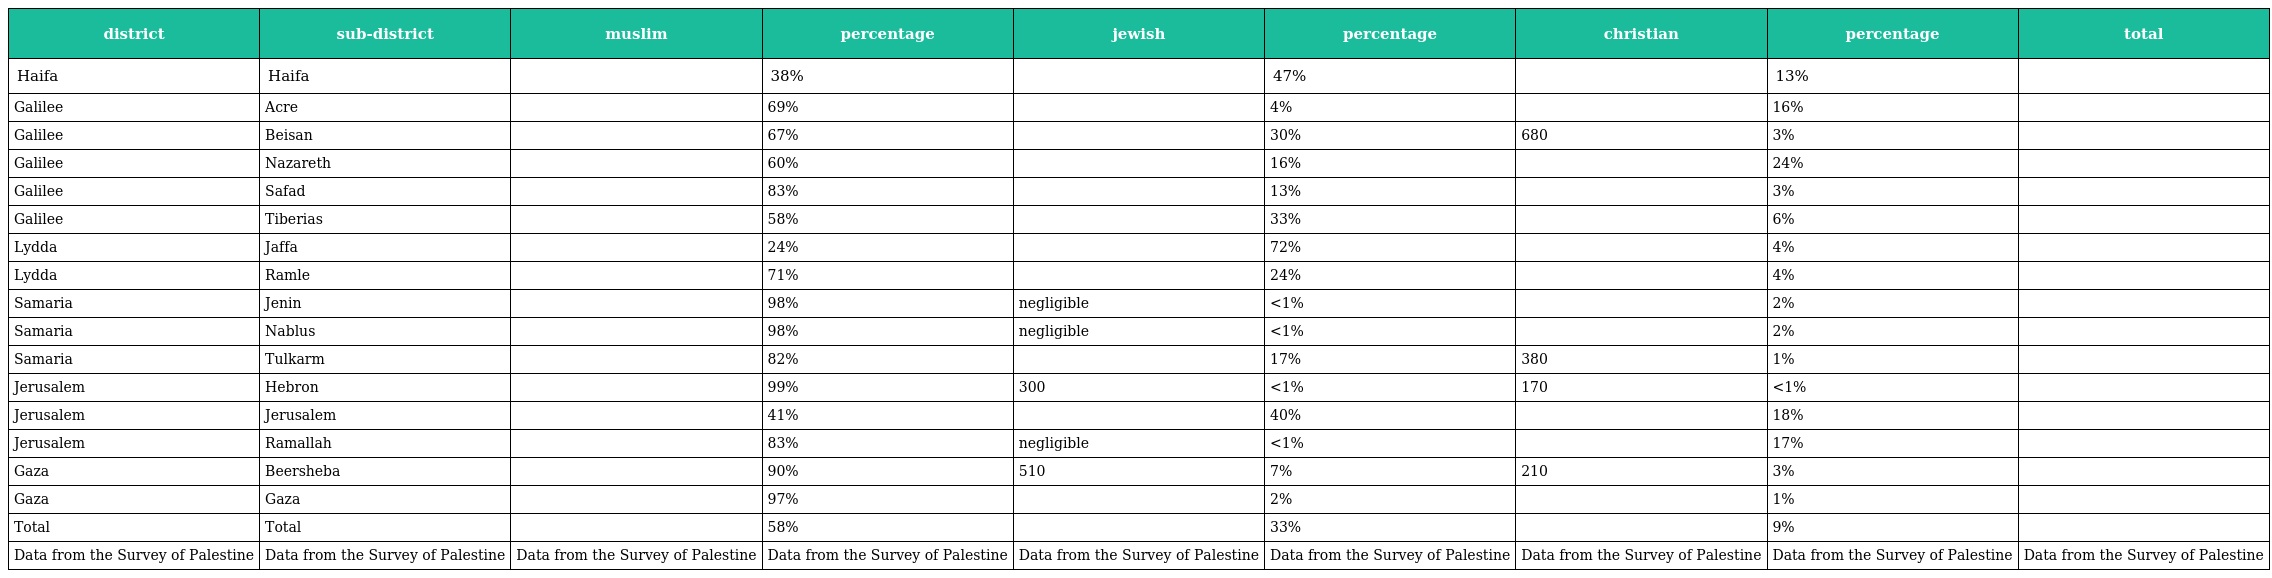
| district | sub-district | muslim | percentage | jewish | percentage | christian | percentage | total |
 | --- | --- | --- | --- | --- | --- | --- | --- | --- |
 | Haifa | Haifa |  | 38% |  | 47% |  | 13% |  |
 | Galilee | Acre |  | 69% |  | 4% |  | 16% |  |
 | Galilee | Beisan |  | 67% |  | 30% | 680 | 3% |  |
 | Galilee | Nazareth |  | 60% |  | 16% |  | 24% |  |
 | Galilee | Safad |  | 83% |  | 13% |  | 3% |  |
 | Galilee | Tiberias |  | 58% |  | 33% |  | 6% |  |
 | Lydda | Jaffa |  | 24% |  | 72% |  | 4% |  |
 | Lydda | Ramle |  | 71% |  | 24% |  | 4% |  |
 | Samaria | Jenin |  | 98% | negligible | <1% |  | 2% |  |
 | Samaria | Nablus |  | 98% | negligible | <1% |  | 2% |  |
 | Samaria | Tulkarm |  | 82% |  | 17% | 380 | 1% |  |
 | Jerusalem | Hebron |  | 99% | 300 | <1% | 170 | <1% |  |
 | Jerusalem | Jerusalem |  | 41% |  | 40% |  | 18% |  |
 | Jerusalem | Ramallah |  | 83% | negligible | <1% |  | 17% |  |
 | Gaza | Beersheba |  | 90% | 510 | 7% | 210 | 3% |  |
 | Gaza | Gaza |  | 97% |  | 2% |  | 1% |  |
 | Total | Total |  | 58% |  | 33% |  | 9% |  |
 | Data from the Survey of Palestine | Data from the Survey of Palestine | Data from the Survey of Palestine | Data from the Survey of Palestine | Data from the Survey of Palestine | Data from the Survey of Palestine | Data from the Survey of Palestine | Data from the Survey of Palestine | Data from the Survey of Palestine |